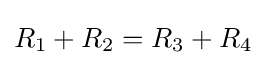
R_{1}+R_{2}=R_{3}+R_{4}